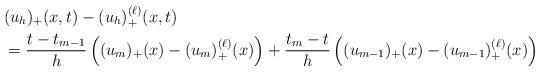
LaTeX: \begin{align*}&(u_h)_+(x,t)-(u_h)_+^{(\ell)}(x,t) \\&=\dfrac{t-t_{m-1}}{h}\left((u_m)_+(x)-(u_m)_+^{(\ell)}(x) \right)+\dfrac{t_m-t}{h}\left((u_{m-1})_+(x)-(u_{m-1})_+^{(\ell)}(x)\right)\end{align*}